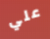
علي